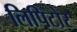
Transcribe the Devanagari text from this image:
लिपिटोर